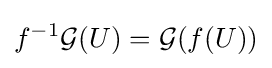
f^{-1}{\mathcal {G}}(U)={\mathcal {G}}(f(U))